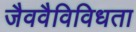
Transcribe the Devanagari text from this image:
जैववैविविधता